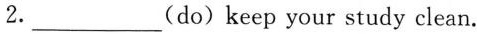
2. ___(do) keep your study clean.